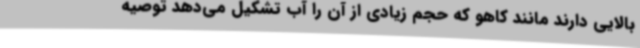
بالایی دارند مانند کاهو که حجم زیادی از آن را آب تشکیل می‌دهد توصیه